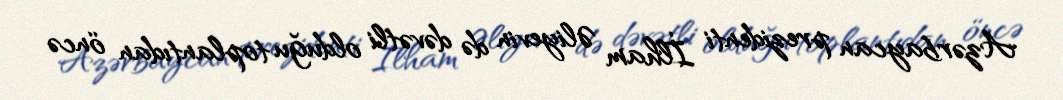
Azərbaycan prezidenti İlham Əliyevin də dəvətli olduğu toplantıdan öncə